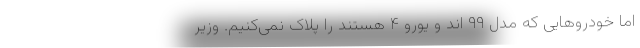
اما خودروهایی که مدل ۹۹ اند و یورو ۴ هستند را پلاک نمی‌کنیم. وزیر